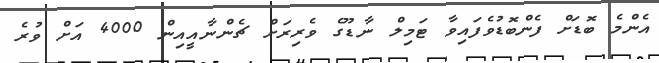
އެންމެ ބޮޑަށް ފެންބޮޑުވެފައިވާ ޓަމިލް ނާޑޫގެ ވެރިރަށް ޗެންނާއީއިން 4000 އަށް ވުރެ